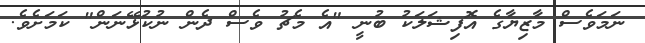
ނަމަވެސް މާޒިޔާގެ އޮފިޝަލަކު ބުނީ "އެ މެޗު ވެސް ދެން ނުކުޅޭނަން" ކަމަށެވެ.